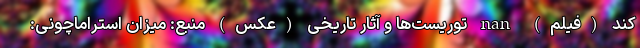
کند (فیلم) nan توریست‌ها و آثار تاریخی (عکس) منبع: میزان استراماچونی: